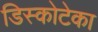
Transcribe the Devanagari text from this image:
डिस्कोटेका